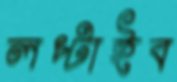
লপ্‌টাইব